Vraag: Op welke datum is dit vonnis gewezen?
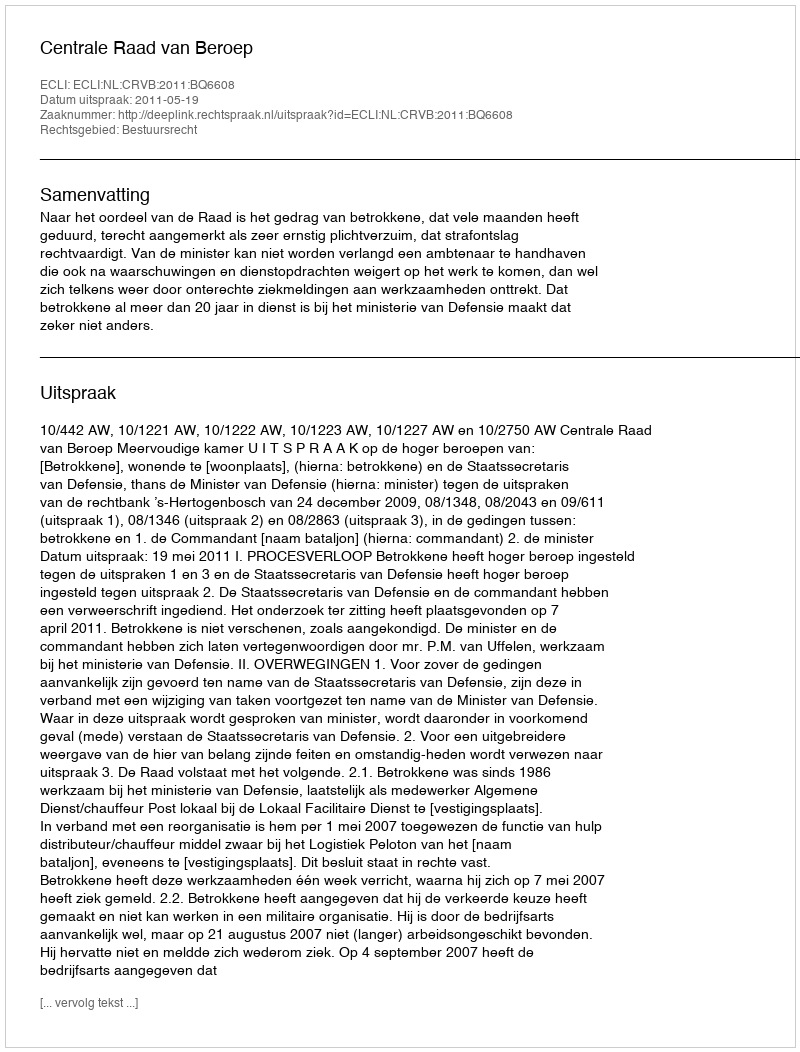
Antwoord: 2011-05-19